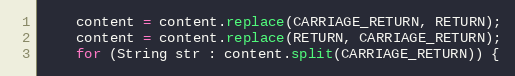
Language: Java
    content = content.replace(CARRIAGE_RETURN, RETURN);
    content = content.replace(RETURN, CARRIAGE_RETURN);
    for (String str : content.split(CARRIAGE_RETURN)) {